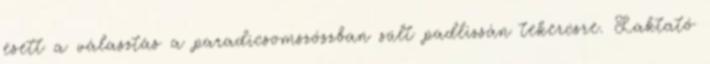
esett a választás a paradicsomszószban sült padlizsán tekercsre. Laktató